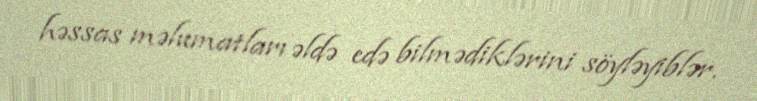
həssas məlumatları əldə edə bilmədiklərini söyləyiblər.